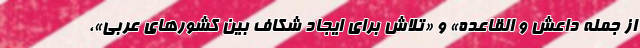
از جمله داعش و القاعده» و «تلاش برای ایجاد شکاف بین کشورهای عربی»،